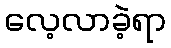
လေ့လာခဲ့ရာ